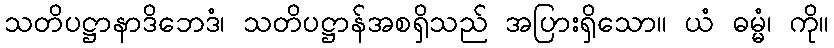
သတိပဋ္ဌာနာဒိဘေဒံ၊ သတိပဋ္ဌာန်အစရှိသည် အပြားရှိသော။ ယံ ဓမ္မံ၊ ကို။